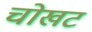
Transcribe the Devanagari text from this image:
चोखट